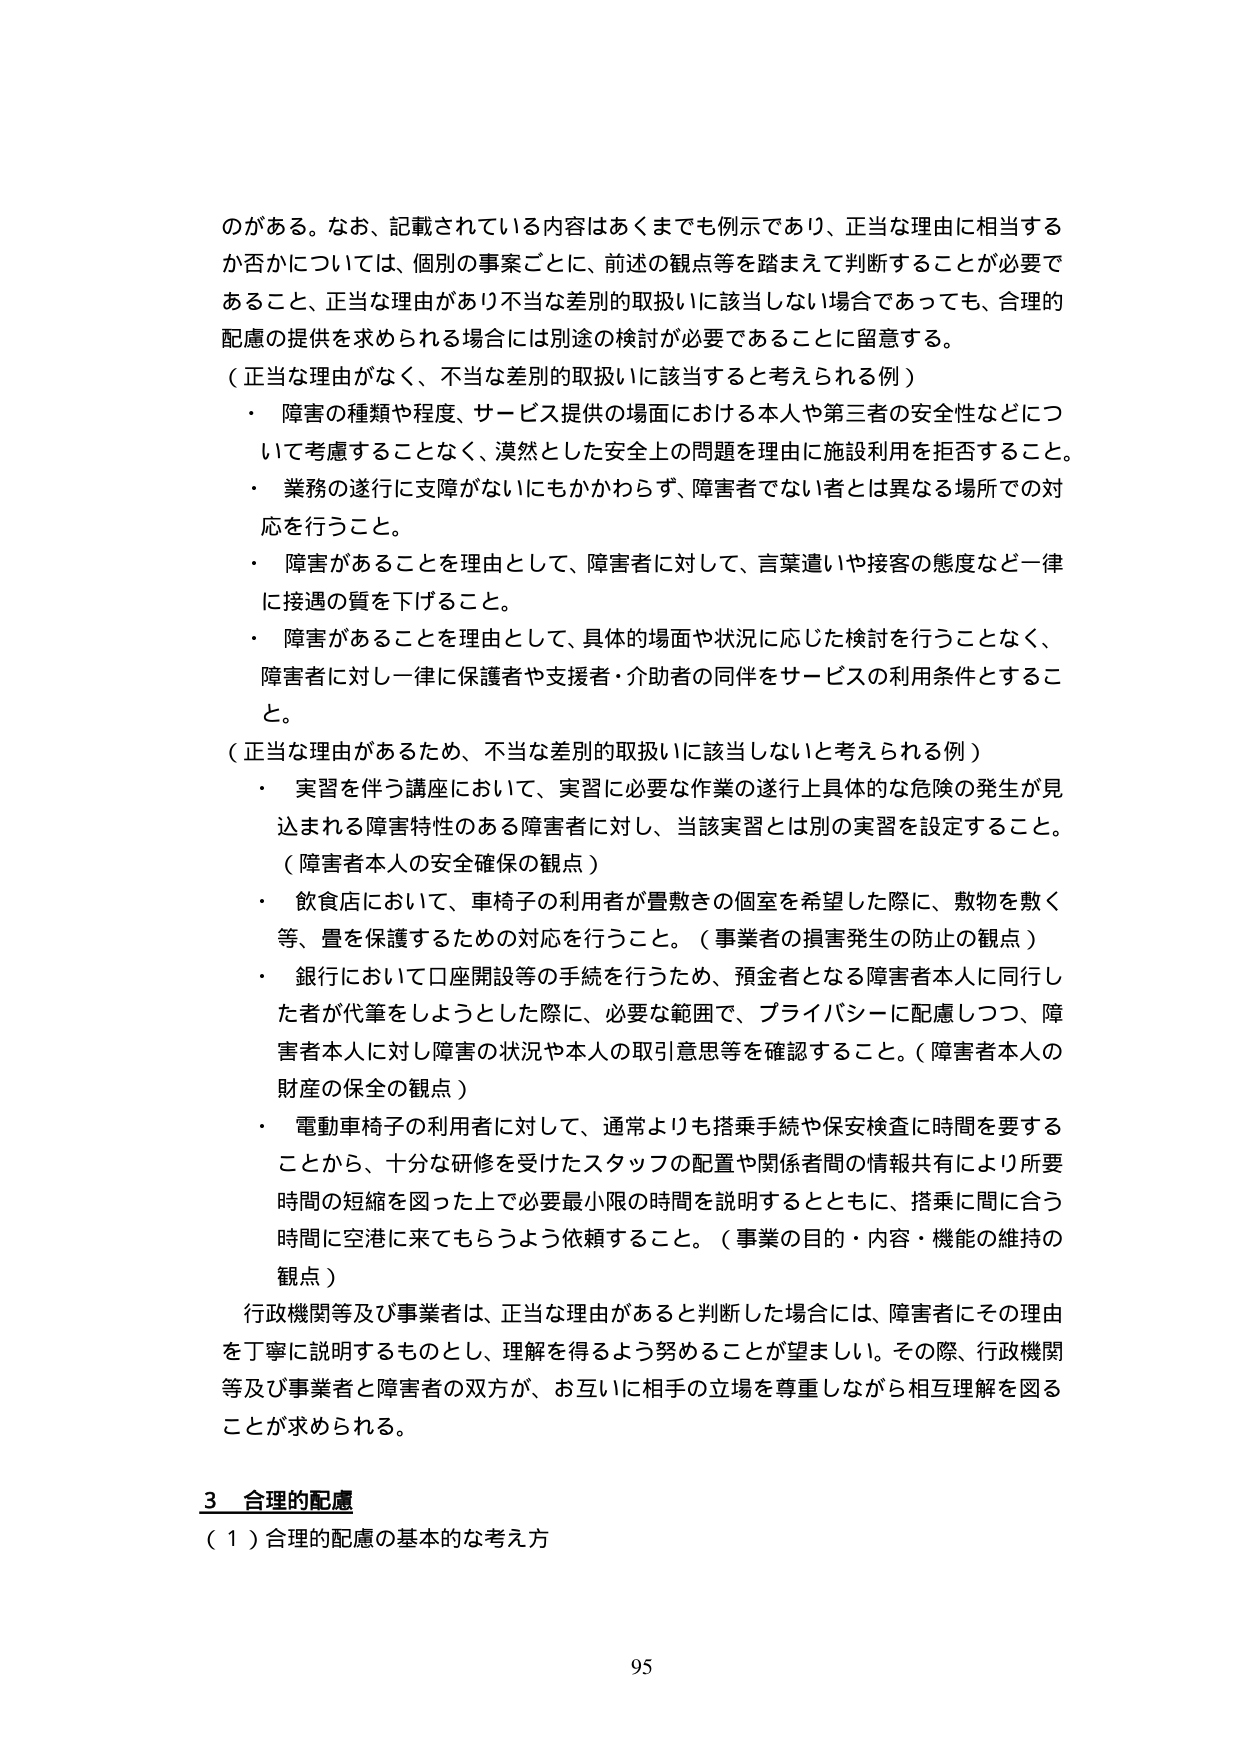
のがある。なお、記載されている内容はあくまでも例示であり、正当な理由に相当するか否かについては、個別の事案ごとに、前述の観点等を踏まえて判断することが必要であること、正当な理由があり不当な差別的取扱いに該当しない場合であっても、合理的配慮の提供を求められる場合には別途の検討が必要であることに留意する。

（正当な理由がなく、不当な差別的取扱いに該当すると考えられる例）
・ 障害の種類や程度、サービス提供の場面における本人や第三者の安全性などについて考慮することなく、漠然とした安全上の問題を理由に施設利用を拒否すること。
・ 業務の遂行に支障がないにもかかわらず、障害者でない者とは異なる場所での対応を行うこと。
・ 障害があることを理由として、障害者に対して、言葉遣いや接客の態度など一律に接遇の質を下げること。
・ 障害があることを理由として、具体的場面や状況に応じた検討を行うことなく、障害者に対し一律に保護者や支援者・介助者の同伴をサービスの利用条件とすること。

（正当な理由があるため、不当な差別的取扱いに該当しないと考えられる例）
・ 実習を伴う講座において、実習に必要な作業の遂行上具体的な危険の発生が見込まれる障害特性のある障害者に対し、当該実習とは別の実習を設定すること。

（障害者本人の安全確保の観点）
・ 飲食店において、車椅子の利用者が畳敷きの個室を希望した際に、敷物を敷く等、畳を保護するための対応を行うこと。（事業者の損害発生の防止の観点）
・ 銀行において口座開設等の手続を行うため、預金者となる障害者本人に同行した者が代筆をしようとした際に、必要な範囲で、プライバシーに配慮しつつ、障害者本人に対し障害の状況や本人の取引意思等を確認すること。（障害者本人の財産の保全の観点）
・ 電動車椅子の利用者に対して、通常よりも搭乗手続や保安検査に時間を要することから、十分な研修を受けたスタッフの配置や関係者間の情報共有により所要時間の短縮を図った上で必要最小限の時間を説明するとともに、搭乗に間に合う時間に空港に来てもらうよう依頼すること。（事業の目的・内容・機能の維持の観点）

行政機関等及び事業者は、正当な理由があると判断した場合には、障害者にその理由を丁寧に説明するものとし、理解を得るよう努めることが望ましい。その際、行政機関等及び事業者と障害者の双方が、お互いに相手の立場を尊重しながら相互理解を図ることが求められる。

3 合理的配慮
（1）合理的配慮の基本的な考え方

95